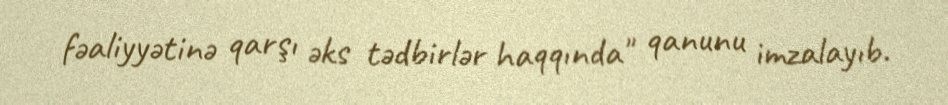
fəaliyyətinə qarşı əks tədbirlər haqqında" qanunu imzalayıb.